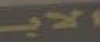
الاب